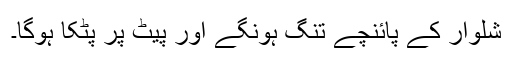
شلوار کے پائنچے تنگ ہونگے اور پیٹ پر پٹکا ہوگا۔